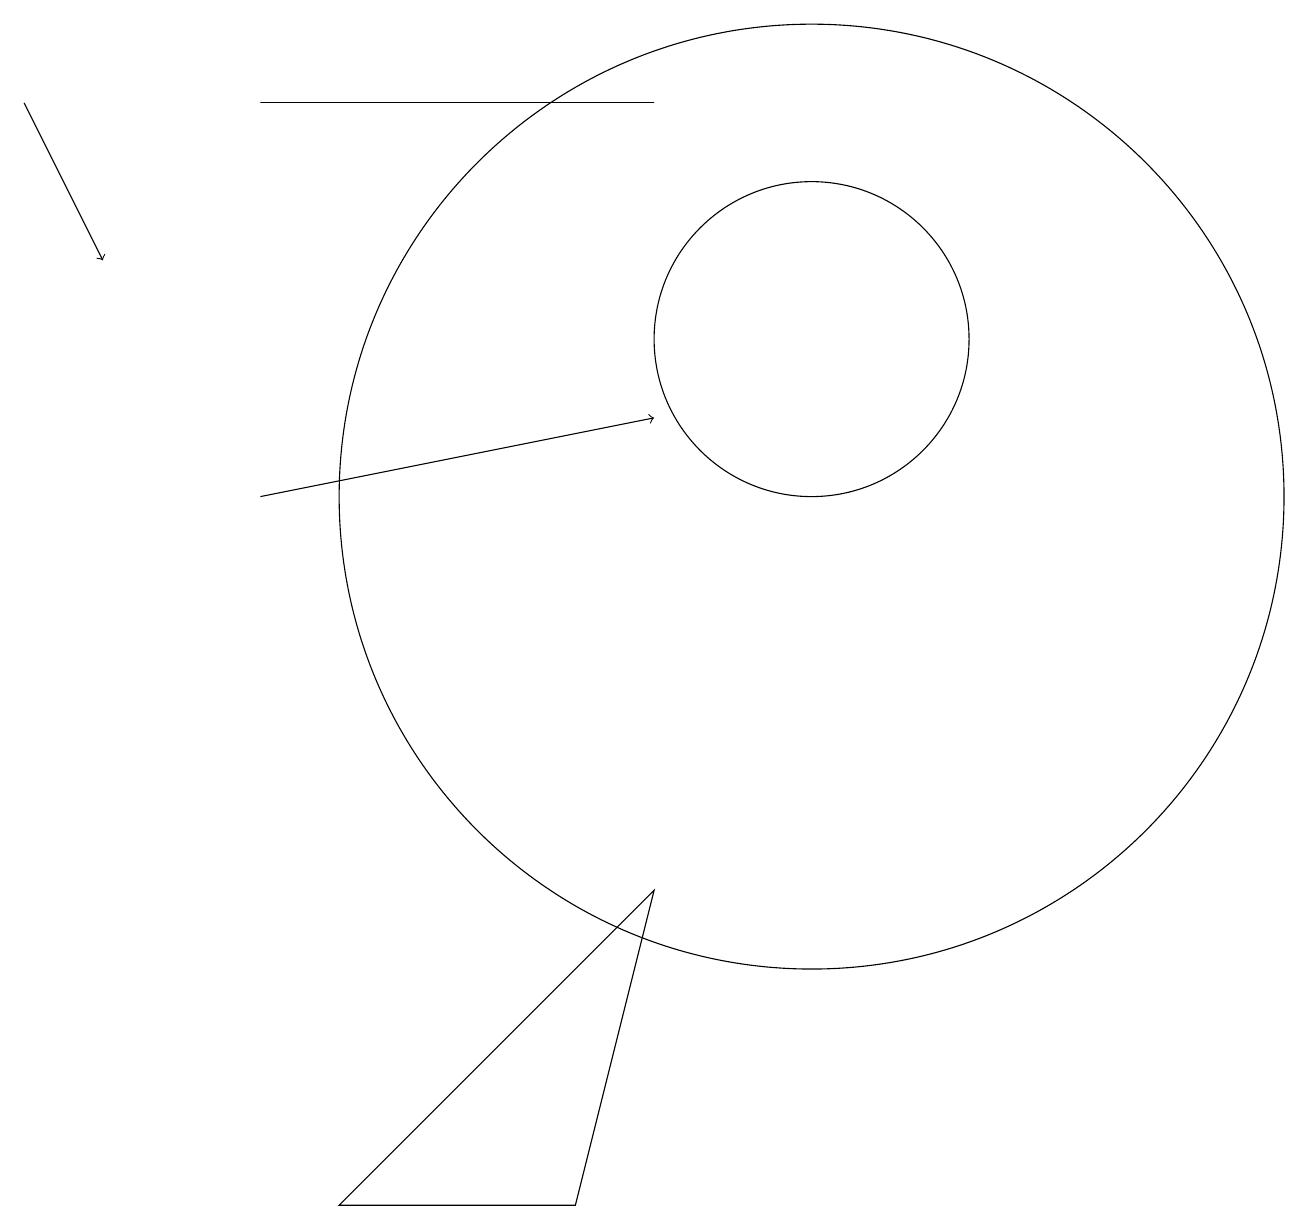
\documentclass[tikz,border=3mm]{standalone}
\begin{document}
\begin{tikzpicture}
\draw (4,1) -- (7,1) -- (8,5) -- cycle;
\draw[->] (3,10) -- (8,11);
\draw (3,15) rectangle (8,15);
\draw[->] (0,15) -- (1,13);
\draw (10,10) circle (6);
\draw (10,12) circle (2);
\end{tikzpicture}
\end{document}